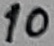
Text: 10